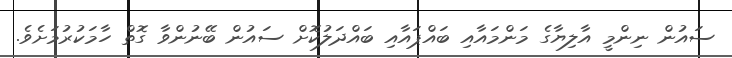
ސައުން ނިންމީ އާލިޔާގެ މަންމައާއި ބައްޕައާއި ބައްދަލުކޮށް ސައުން ބޭނުންވާ ގޮތް ހާމަކުރުމަށެވެ.